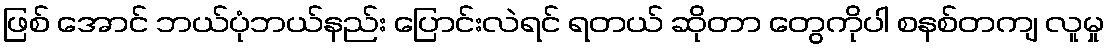
ဖြစ် အောင် ဘယ်ပုံဘယ်နည်း ပြောင်းလဲရင် ရတယ် ဆိုတာ တွေကိုပါ စနစ်တကျ လူမှု